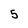
Character: 5